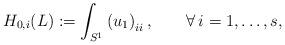
LaTeX: \begin{align*}H_{0,i}(L):= \int_{S^1} \left(u_1\right)_{ii} ,\qquad\forall\,i=1,\ldots,s,\end{align*}